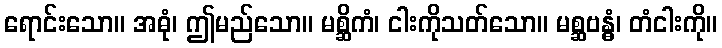
ရောင်းသော။ အဓုံ၊ ဤမည်သော။ မစ္ဆိကံ၊ ငါးကိုသတ်သော။ မစ္ဆဗန္ဓံ၊ တံငါးကို။